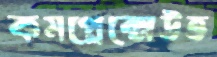
কমপ্লেক্সেউত্ত